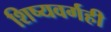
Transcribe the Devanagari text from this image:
शिष्यवर्गही